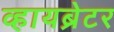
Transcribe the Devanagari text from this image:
व्हायब्रेटर